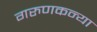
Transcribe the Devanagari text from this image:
गरुणकन्या